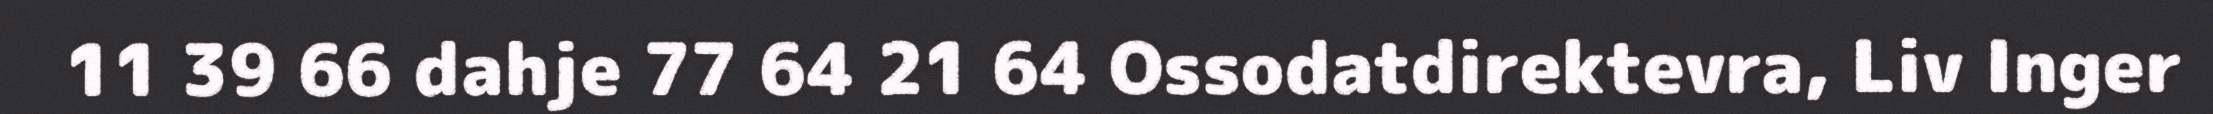
11 39 66 dahje 77 64 21 64 Ossodatdirektevra, Liv Inger